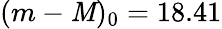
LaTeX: (m-\mathit{M})_{0}=18.41